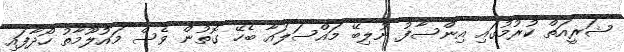
ޝަރީއަތް ކުރުމުގައި އިންސާފު ނުލިބޭ މައްސަލައާ ބެހޭ ގޮތުން ވެސް މައުލޫމާތު ހޯދާފައި